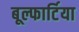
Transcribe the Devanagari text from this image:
बूल्फार्टिया